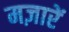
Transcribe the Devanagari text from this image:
मज़ारें